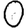
Digit: 0